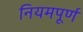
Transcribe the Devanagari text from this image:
नियमपूर्ण